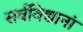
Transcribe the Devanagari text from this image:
सर्वविद्यानां